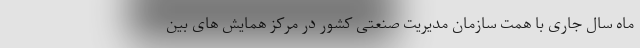
ماه سال جاری با همت سازمان مدیریت صنعتی کشور در مرکز همایش های بین